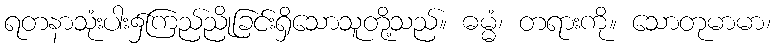
ရတနာသုံးပါး၌ကြည်ညိုခြင်းရှိသောသူတို့သည်။ ဓမ္မံ၊ တရားကို။ သောတုမာမာ၊